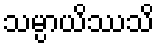
သမ္ပာယိဿသိ